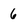
Character: 6